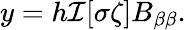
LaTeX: y=h\mathcal{I}[\sigma\zeta]B_{\beta\beta}.